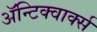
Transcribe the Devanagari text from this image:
ॲन्टिक्वार्क्स